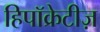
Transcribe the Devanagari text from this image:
हिपॉक्रेटीज़